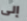
إلى